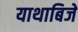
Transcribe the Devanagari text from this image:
याथाबिजें